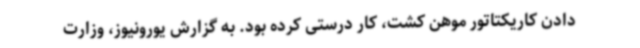
دادن کاریکتاتور موهن کشت، کار درستی کرده بود. به گزارش یورونیوز، وزارت